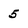
Character: 5